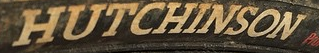
HUTCHINSON